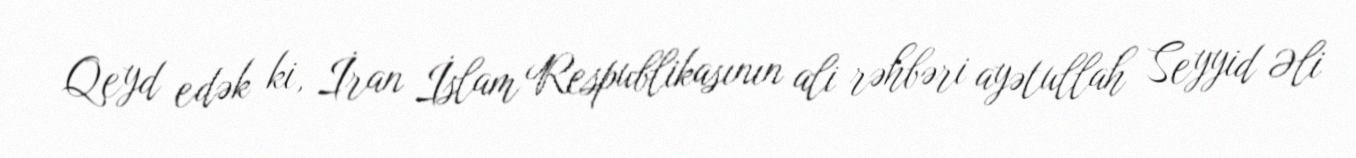
Qeyd edək ki, İran İslam Respublikasının ali rəhbəri ayətullah Seyyid Əli